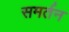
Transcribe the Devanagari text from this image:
समर्तन